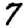
Digit: 7